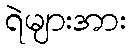
ရဲများအား